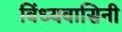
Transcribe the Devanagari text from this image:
विंध्‍यवासिनी